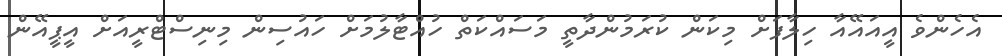
އެހެންވެ އީއައޭއާ ހިލާފަށް މިކަން ކުރަމުންދާތީ މަސައްކަތް ހުއްޓާލުމަށް ހައުސިން މިނިސްޓްރީއަށް އީޕީއޭން